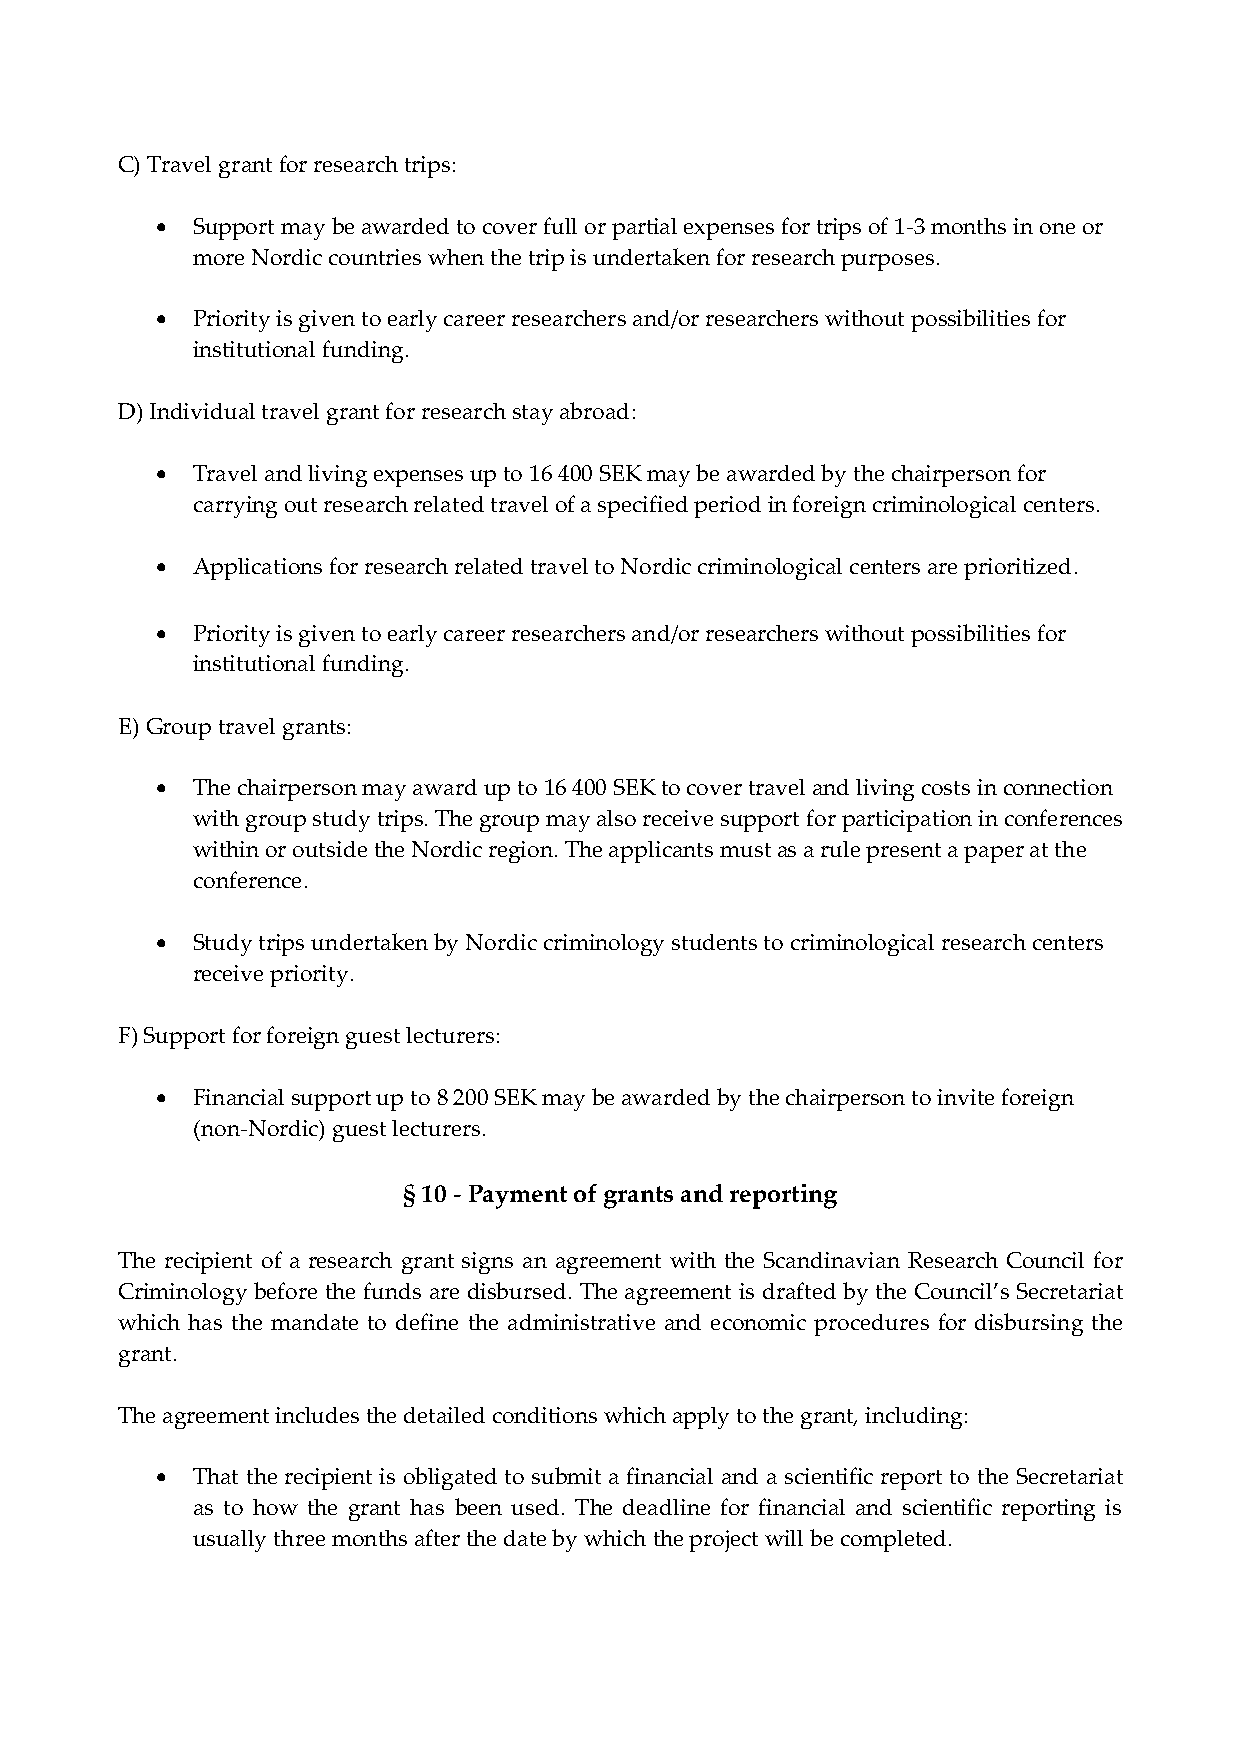
C) Travel grant for research trips:
   Support may be awarded to cover full or partial expenses for trips of 1-3 months in one or
 more Nordic countries when the trip is undertaken for research purposes.
   Priority is given to early career researchers and/or researchers without possibilities for
 institutional funding.
 D) Individual travel grant for research stay abroad:
   Travel and living expenses up to 16 400 SEK may be awarded by the chairperson for
 carrying out research related travel of a specified period in foreign criminological centers.
   Applications for research related travel to Nordic criminological centers are prioritized.
   Priority is given to early career researchers and/or researchers without possibilities for
 institutional funding.
 E) Group travel grants:
   The chairperson may award up to 16 400 SEK to cover travel and living costs in connection
 with group study trips. The group may also receive support for participation in conferences
 within or outside the Nordic region. The applicants must as a rule present a paper at the
 conference.
   Study trips undertaken by Nordic criminology students to criminological research centers
 receive priority.
 F) Support for foreign guest lecturers:
   Financial support up to 8 200 SEK may be awarded by the chairperson to invite foreign
 (non-Nordic) guest lecturers.
 § 10 - Payment of grants and reporting
 The recipient of a research grant signs an agreement with the Scandinavian Research Council for
 Criminology before the funds are disbursed. The agreement is drafted by the Council’s Secretariat
 which has the mandate to define the administrative and economic procedures for disbursing the
 grant.
 The agreement includes the detailed conditions which apply to the grant, including:
   That the recipient is obligated to submit a financial and a scientific report to the Secretariat
 as to how the grant has been used. The deadline for financial and scientific reporting is
 usually three months after the date by which the project will be completed.